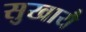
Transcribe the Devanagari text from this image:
सुखायै